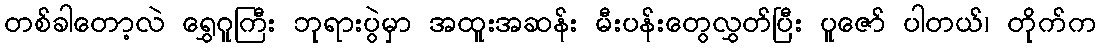
တစ်ခါတော့လဲ ရွှေဂူကြီး ဘုရားပွဲမှာ အထူးအဆန်း မီးပန်းတွေလွှတ်ပြီး ပူဇော် ပါတယ်၊ တိုက်က